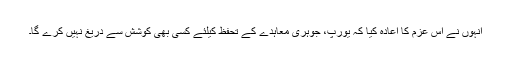
انہوں نے اس عزم کا اعادہ کیا کہ یورپ، جوہری معاہدے کے تحفظ کیلئے کسی بھی کوشش سے دریغ نہیں کرے گا۔